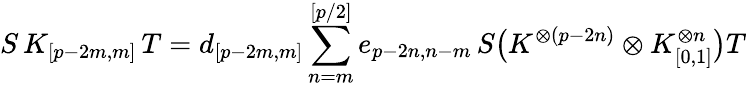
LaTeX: S\, K_{[p-2m,m]}\, T=d_{[p-2m,m]}\sum_{n=m}^{[p/2]}e_{p-2n,n-m}\, S\bigl(K^{\otimes(p-2n)}\otimes K_{[0,1]}^{\otimes n}\bigr)T